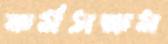
কর্মসক্ষম